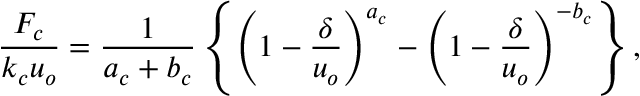
\frac { F _ { c } } { k _ { c } u _ { o } } = \frac { 1 } { a _ { c } + b _ { c } } \left\{ \left( 1 - \frac { \delta } { u _ { o } } \right) ^ { a _ { c } } - \left( 1 - \frac { \delta } { u _ { o } } \right) ^ { - b _ { c } } \right\} ,